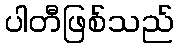
ပါတီဖြစ်သည်